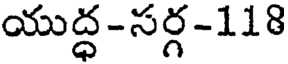
యుద్ధ-సర్గ-118